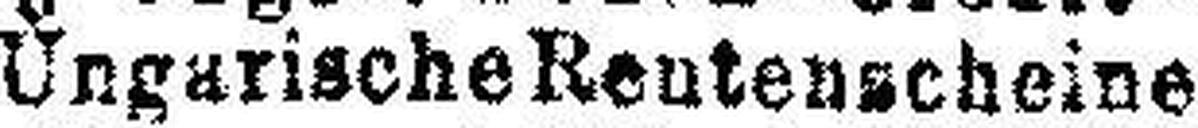
6% Ungarische Rentenscheine